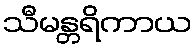
သီမန္တရိကာယ